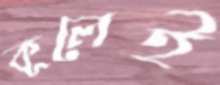
কূলেই